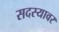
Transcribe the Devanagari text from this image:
सदस्यावर